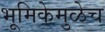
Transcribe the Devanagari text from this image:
भूमिकेमुळेच